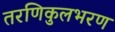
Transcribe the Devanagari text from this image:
तरणिकुलभरण